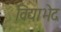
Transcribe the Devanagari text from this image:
विद्याभेद